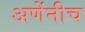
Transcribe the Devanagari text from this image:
अणेंनीच